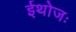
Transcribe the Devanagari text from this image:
ईथोजः